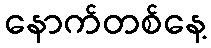
နောက်တစ်နေ့